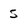
Character: 5